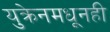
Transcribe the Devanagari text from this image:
युक्रेनमधूनही